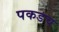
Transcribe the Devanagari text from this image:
पकडच